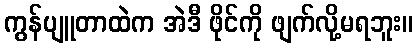
ကွန်ပျူတာထဲက အဲဒီ ဖိုင်ကို ဖျက်လို့မရဘူး။